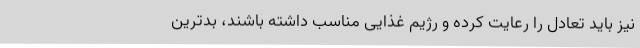
نیز باید تعادل را رعایت کرده و رژیم غذایی مناسب داشته باشند، بدترین